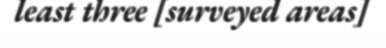
least three [surveyed areas]